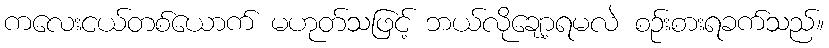
ကလေးငယ်တစ်ယောက် မဟုတ်သဖြင့် ဘယ်လိုချော့ရမလဲ စဉ်းစားရခက်သည်။